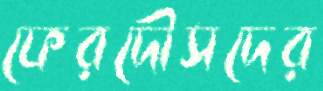
ফেরদৌসদের